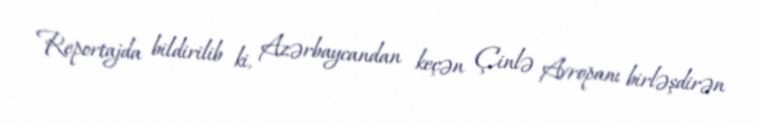
Reportajda bildirilib ki, Azərbaycandan keçən Çinlə Avropanı birləşdirən